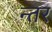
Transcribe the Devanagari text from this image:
न्तर